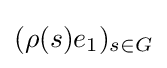
(\rho (s)e_{1})_{s\in G}